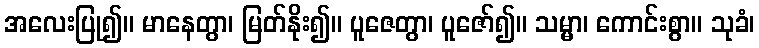
အလေးပြု၍။ မာနေတွာ၊ မြတ်နိုး၍။ ပူဇေတွာ၊ ပူဇော်၍။ သမ္မာ၊ ကောင်းစွာ။ သုခံ၊